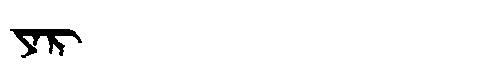
Manchu: ᠶᠠᡵ
Romanization: YAR